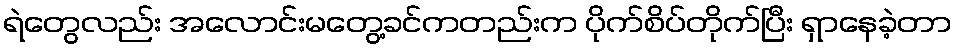
ရဲတွေလည်း အလောင်းမတွေ့ခင်ကတည်းက ပိုက်စိပ်တိုက်ပြီး ရှာနေခဲ့တာ